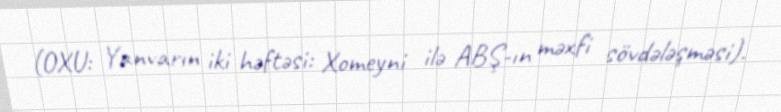
(OXU: Yanvarın iki həftəsi: Xomeyni ilə ABŞ-ın məxfi sövdələşməsi).